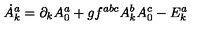
\dot { A } _ { k } ^ { a } = \partial _ { k } A _ { 0 } ^ { a } + g f ^ { a b c } A _ { k } ^ { b } A _ { 0 } ^ { c } - E _ { k } ^ { a }